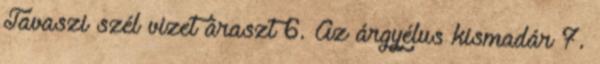
Tavaszi szél vizet áraszt 6. Az árgyélus kismadár 7.